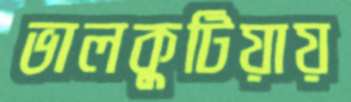
ভালকুটিয়ায়